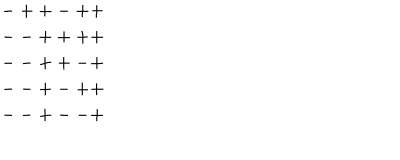
LaTeX: \begin{array} { c } { { - + + - + + } } \\ { { -- + + + + } } \\ { { -- + + - + } } \\ { { -- + - + + } } \\ { { -- + -- + } } \\ \end{array}